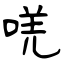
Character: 唴